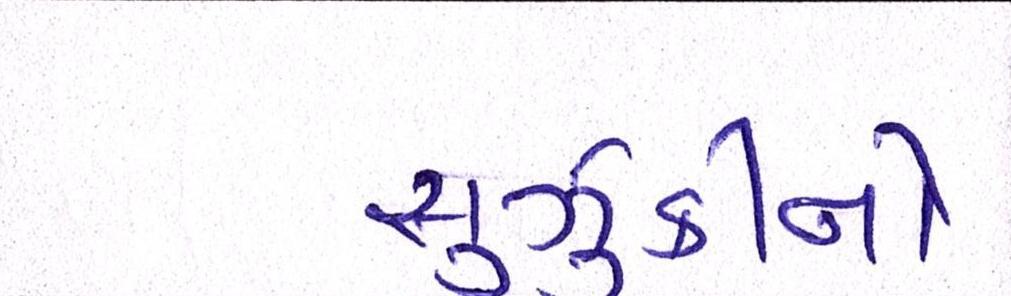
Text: સુઝુકીનો